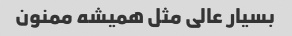
بسیار عالی مثل همیشه ممنون